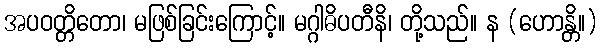
အပဝတ္တိတော၊ မဖြစ်ခြင်းကြောင့်။ မဂ္ဂါဓိပတီနိ၊ တို့သည်။ န (ဟောန္တိ။)